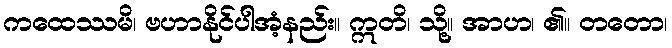
ကထေဿမိ၊ ဗဟာနိုင်ပါအံ့နည်း။ ဣတိ၊ သို့။ အာဟ၊ ၏။ တတော၊